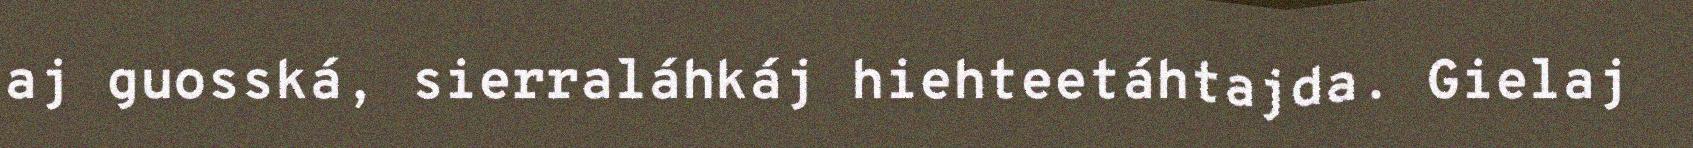
aj guosská, sierraláhkáj hiehteetáhtajda. Gielaj